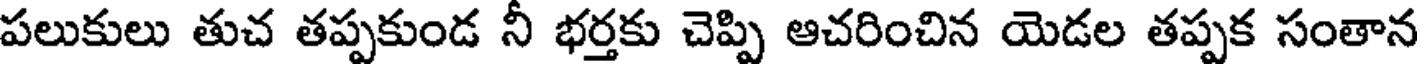
పలుకులు తుచ తప్పకుండ నీ భర్తకు చెప్పి ఆచరించిన యెడల తప్పక సంతాన